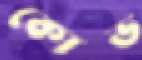
কোভ